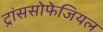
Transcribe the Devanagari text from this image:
ट्रांससोफेजियल